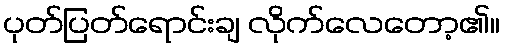
ပုတ်ပြတ်ရောင်းချ လိုက်လေတော့၏။